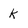
Character: k